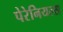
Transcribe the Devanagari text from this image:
पेरेनियल्स